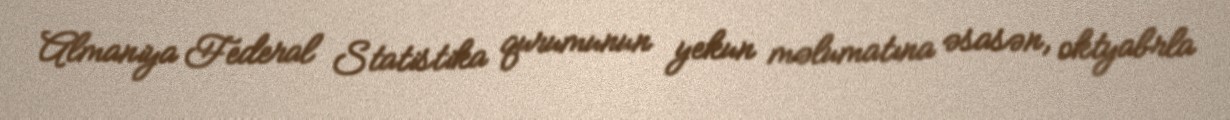
Almaniya Federal Statistika qurumunun yekun məlumatına əsasən, oktyabrla